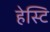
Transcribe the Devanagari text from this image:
हेस्टि